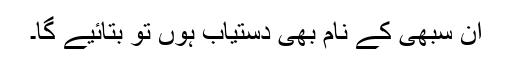
ان سبھی کے نام بھی دستیاب ہوں تو بتائیے گا۔